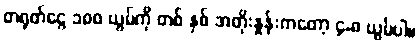
တရုတ်ငွေ ၁၀၀ ယွမ်ကို တစ် နှစ် အတိုးနှုန်းကတော့ ၄.၈ ယွမ်ပါ။